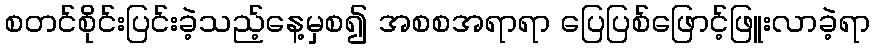
စတင်စိုင်းပြင်းခဲ့သည့်နေ့မှစ၍ အစစအရာရာ ပြေပြစ်ဖြောင့်ဖြူးလာခဲ့ရာ